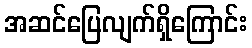
အဆင်ပြေလျက်ရှိကြောင်း